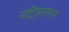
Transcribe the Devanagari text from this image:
मेट्रिकुलेशन